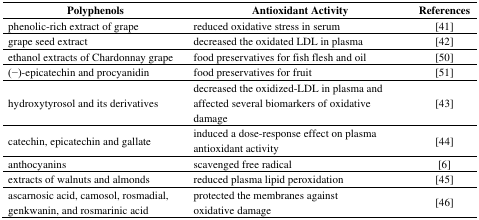
| Polyphenols | Antioxidant Activity | References |
 | --- | --- | --- |
 | phenolic-rich extract of grape | reduced oxidative stress in serum | [41] |
 | grape seed extract | decreased the oxidated LDL in plasma | [42] |
 | ethanol extracts of Chardonnay grape | food preservatives for fish flesh and oil | [50] |
 | (−)-epicatechin and procyanidin | food preservatives for fruit | [51] |
 | hydroxytyrosol and its derivatives | decreased the oxidized-LDL in plasma and affected several biomarkers of oxidative damage | [43] |
 | catechin, epicatechin and gallate | induced a dose-response effect on plasma antioxidant activity | [44] |
 | anthocyanins | scavenged free radical | [6] |
 | extracts of walnuts and almonds | reduced plasma lipid peroxidation | [45] |
 | ascarnosic acid, camosol, rosmadial, genkwanin, and rosmarinic acid | protected the membranes against oxidative damage | [46] |